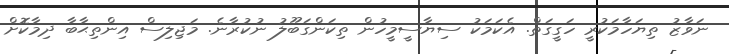
ނަވާޒު ތިޔަހާމަކުރީ ހަގީގަތް. އެކަމަކު ސިޔާސީމީހުން ތިކަންގަބޫލު ނުކުރާނެ. މަޖިލިސް އިންތިޙާބާ ދިމާކޮށް